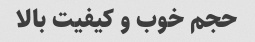
حجم خوب و کیفیت بالا